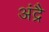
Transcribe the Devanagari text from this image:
अंद्रै